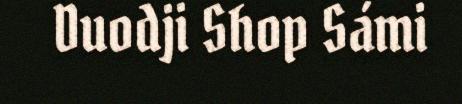
Duodji Shop Sámi